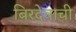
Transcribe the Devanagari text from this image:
बिरदेवाची